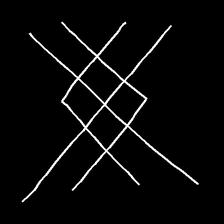
Glyph: crystal